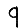
Digit: 9